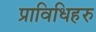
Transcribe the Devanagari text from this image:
प्राविधिहरु